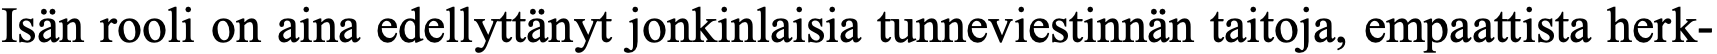
Isän rooli on aina edellyttänyt jonkinlaisia tunneviestinnän taitoja, empaattista herk-